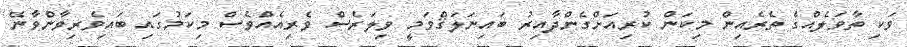
ވަކި ތާވަލެއްގެ ތެރެއިން މިކަން ކުރިއަށްގެންދާއިރު ބައިނަލަޤްވަމީ ވިލަރެސް ވެރިއެއްވެސް މިކަމުގައި ބައިވެރިވާންވާނޭ